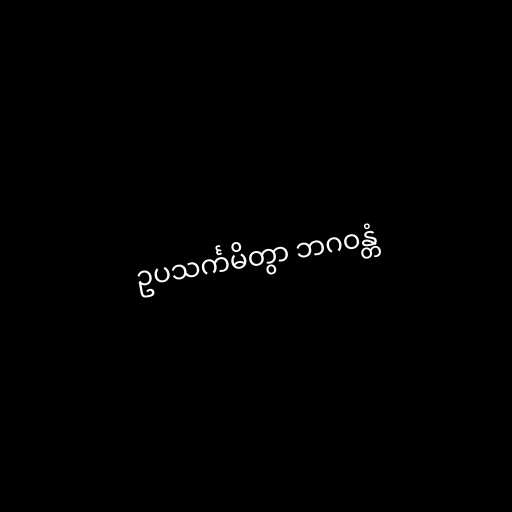
ဥပသင်္ကမိတွာ ဘဂဝန္တံ